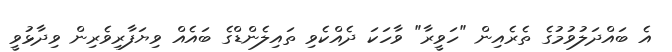
އެ ބައްދަލުވުމުގެ ތެރެއިން "ހަވީރާ" ވާހަކަ ދެއްކެވި ތައިލެންޑްގެ ބައެއް ވިޔަފާރިވެރިން ވިދާޅުވީ